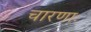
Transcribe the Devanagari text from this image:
चारणाः